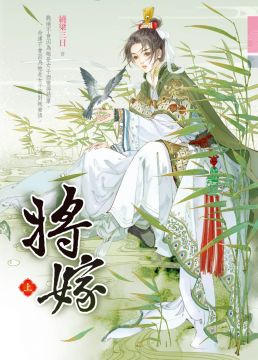
忆昔霍将军，连年此征讨。